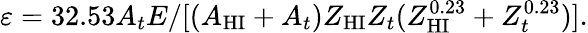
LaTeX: \varepsilon=32.53A_{t}E/[(A_{\mathrm{HI}}+A_{t})Z_{\mathrm{HI}}Z_{t}(Z_{\mathrm{HI}}^{0.23}+Z_{t}^{0.23})].